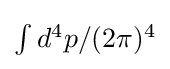
{\textstyle \int d^{4}p/(2\pi )^{4}}